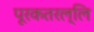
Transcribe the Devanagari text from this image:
पूरकतरल्लि